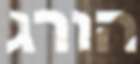
הורג